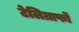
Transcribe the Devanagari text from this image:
टेलिग्राफों